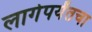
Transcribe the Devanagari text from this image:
लागेपर्यंतचा